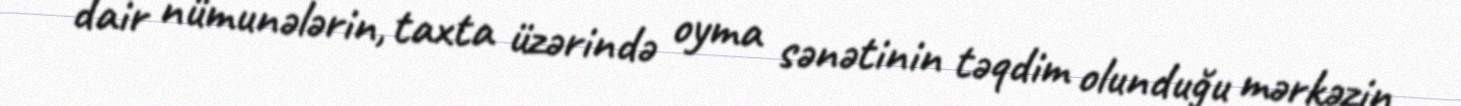
dair nümunələrin, taxta üzərində oyma sənətinin təqdim olunduğu mərkəzin